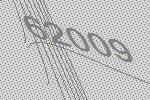
62009